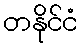
တနိုင်ငံ